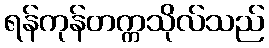
ရန်ကုန်တက္ကသိုလ်သည်